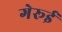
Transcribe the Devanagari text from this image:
गेरूई